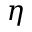
\eta